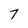
Character: 7